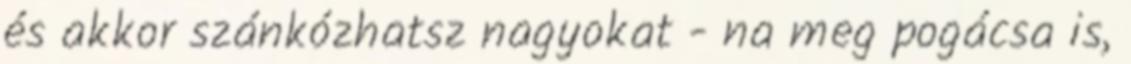
és akkor szánkózhatsz nagyokat - na meg pogácsa is,